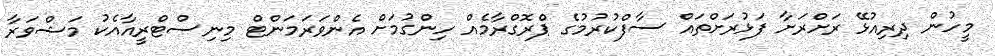
މީހުން ދިރިއުޅޭ ރަށްރަށާ ފަޅުރަށްތައް ސާފްކުރުމުގެ ޕްރޮގްރާމެއް ހިންގުމަށް އެންވަރަމަންޓް މިނިސްޓްރީއާއެކު މަޝްވަރާ